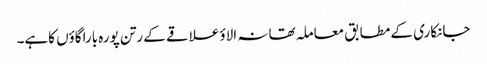
جانکاری کے مطابق معاملہ تھانہ الاؤ علاقے کے رتن پورہ باراگاؤں کاہے۔